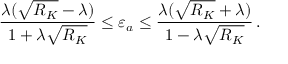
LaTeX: \frac { \lambda ( \sqrt { R _ { K } } - \lambda ) } { 1 + \lambda \sqrt { R _ { K } } } \le \varepsilon _ { a } \le \frac { \lambda ( \sqrt { R _ { K } } + \lambda ) } { 1 - \lambda \sqrt { R _ { K } } } \, .